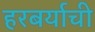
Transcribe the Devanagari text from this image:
हरबर्याची